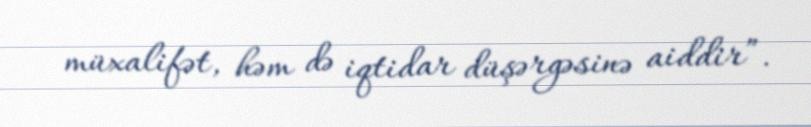
müxalifət, həm də iqtidar düşərgəsinə aiddir”.